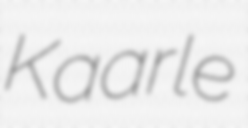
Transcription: Kaarle